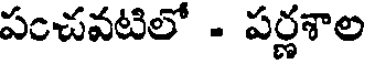
పంచవటిలో - పర్ణశాల